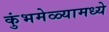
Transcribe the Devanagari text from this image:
कुंभमेळ्यामध्ये